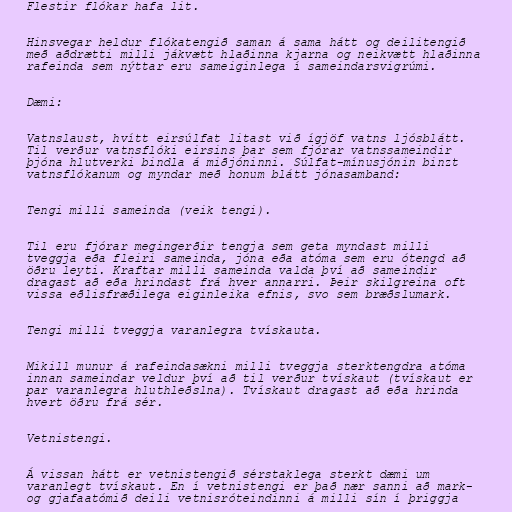
Flestir flókar hafa lit.

Hinsvegar heldur flókatengið saman á sama hátt og deilitengið
með aðdrætti milli jákvætt hlaðinna kjarna og neikvætt hlaðinna
rafeinda sem nýttar eru sameiginlega í sameindarsvigrúmi.

Dæmi:

Vatnslaust, hvítt eirsúlfat litast við ígjöf vatns ljósblátt.
Til verður vatnsflóki eirsins þar sem fjórar vatnssameindir
þjóna hlutverki bindla á miðjóninni. Súlfat-mínusjónin binzt
vatnsflókanum og myndar með honum blátt jónasamband:

Tengi milli sameinda (veik tengi).

Til eru fjórar megingerðir tengja sem geta myndast milli
tveggja eða fleiri sameinda, jóna eða atóma sem eru ótengd að
öðru leyti. Kraftar milli sameinda valda því að sameindir
dragast að eða hrindast frá hver annarri. Þeir skilgreina oft
vissa eðlisfræðilega eiginleika efnis, svo sem bræðslumark.

Tengi milli tveggja varanlegra tvískauta.

Mikill munur á rafeindasækni milli tveggja sterktengdra atóma
innan sameindar veldur því að til verður tvískaut (tvískaut er
par varanlegra hluthleðslna). Tvískaut dragast að eða hrinda
hvert öðru frá sér.

Vetnistengi.

Á vissan hátt er vetnistengið sérstaklega sterkt dæmi um
varanlegt tvískaut. En í vetnistengi er það nær sanni að mark-
og gjafaatómið deili vetnisróteindinni á milli sín í þriggja